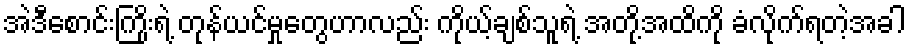
အဲဒီစောင်းကြိုးရဲ့ တုန်ယင်မှုတွေဟာလည်း ကိုယ့်ချစ်သူရဲ့ အတို့အထိကို ခံလိုက်ရတဲ့အခါ